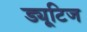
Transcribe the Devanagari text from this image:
ड्यूटिज